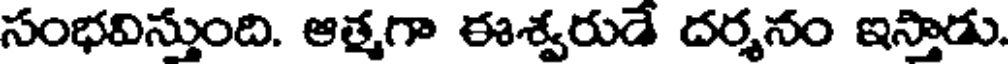
సంభవిస్తుంది. ఆత్మగా ఈశ్వరుడే దర్శనం ఇస్తాడు.